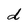
Character: d